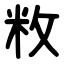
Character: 敉